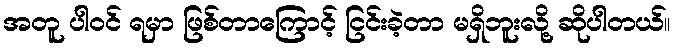
အတူ ပါဝင် ရမှာ ဖြစ်တာကြောင့် ငြင်းခဲ့တာ မရှိဘူးလို့ ဆိုပါတယ်။